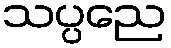
သပ္ပညေ